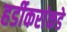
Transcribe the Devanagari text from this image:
हर्डीकरांकडे